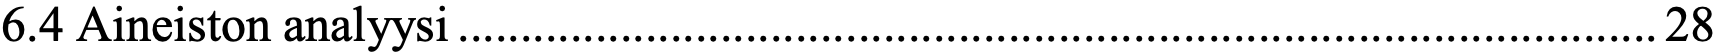
6.4 Aineiston analyysi ................................................................................................ 28